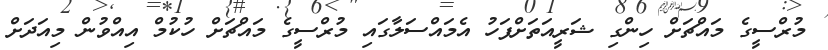
މުރްސީގެ މައްޗަށް ހިންގި ޝަރީއަތަށްފަހު އެމައްސަލާގައި މުރްސީގެ މައްޗަށް ހުކުމް އިއްވުން މިއަދަށް